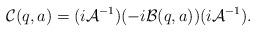
LaTeX: \begin{align*}\mathcal{C}(q,a)=(i\mathcal{A}^{-1})(-i\mathcal{B}(q,a))(i\mathcal{A}^{-1}). \end{align*}